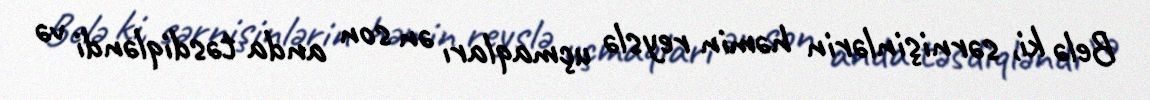
Belə ki, sərnişinlərin həmin reyslə uçmaqları ən son anda təsdiqləndi və